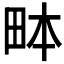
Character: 𤱙